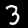
Digit: 3